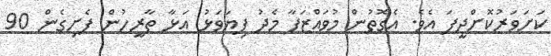
ކަށަވަރުކޮށްދީފަ އެވެ. އެގޮތުން މުވައްޒަފާ މެދު ފިޔަވަޅު އަޅާ ތާރީހުން ފެށިގެން 90